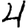
Digit: 4